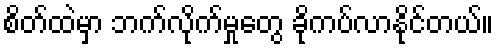
စိတ်ထဲမှာ ဘက်လိုက်မှုတွေ ခိုကပ်လာနိုင်တယ်။